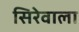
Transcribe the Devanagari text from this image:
सिरेवाला